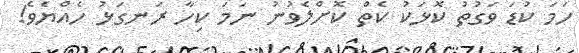
ހަމަ ކުޑަ ވަގުތު ކޮޅަކު ކެތް ކޮށްލެވުނު ނަމަ ކިހާ ރަނގަޅު ހެއްޔެވެ!